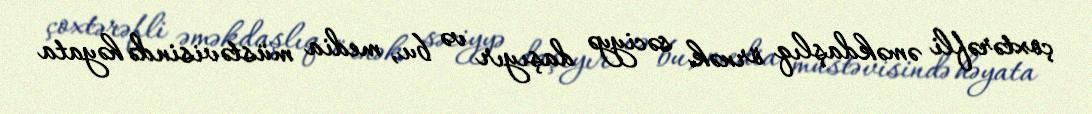
çoxtərəfli əməkdaşlıq örnək səciyyə daşıyır və bu, media müstəvisində həyata